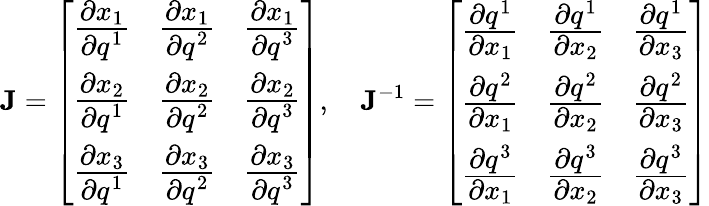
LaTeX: \mathbf{J}={\left[\begin{array}{lll}{{\cfrac{\partial x_{1}}{\partial q^{1}}}}&{{\cfrac{\partial x_{1}}{\partial q^{2}}}}&{{\cfrac{\partial x_{1}}{\partial q^{3}}}}\\ {{\cfrac{\partial x_{2}}{\partial q^{1}}}}&{{\cfrac{\partial x_{2}}{\partial q^{2}}}}&{{\cfrac{\partial x_{2}}{\partial q^{3}}}}\\ {{\cfrac{\partial x_{3}}{\partial q^{1}}}}&{{\cfrac{\partial x_{3}}{\partial q^{2}}}}&{{\cfrac{\partial x_{3}}{\partial q^{3}}}}\end{array}\right]},\quad\mathbf{J}^{-1}={\left[\begin{array}{lll}{{\cfrac{\partial q^{1}}{\partial x_{1}}}}&{{\cfrac{\partial q^{1}}{\partial x_{2}}}}&{{\cfrac{\partial q^{1}}{\partial x_{3}}}}\\ {{\cfrac{\partial q^{2}}{\partial x_{1}}}}&{{\cfrac{\partial q^{2}}{\partial x_{2}}}}&{{\cfrac{\partial q^{2}}{\partial x_{3}}}}\\ {{\cfrac{\partial q^{3}}{\partial x_{1}}}}&{{\cfrac{\partial q^{3}}{\partial x_{2}}}}&{{\cfrac{\partial q^{3}}{\partial x_{3}}}}\end{array}\right]}